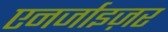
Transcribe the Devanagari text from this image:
एनर्जाइज़र